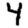
Digit: 4